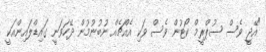
"އޭޖީ ވެސް ސުޕްރީމް ކޯޓުން ވެސް ވަކި އެއްޗެއް ނުބުނުމުން ދޭހަވަނީ ގައިޑްލައިންއަކީ